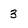
Character: 3